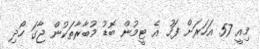
މިއީ 57 އަހަރަށް ފަހު އެ ޓީމުން ބޮޑު މުބާރާތަކުން ޖާގަ ހޯދި